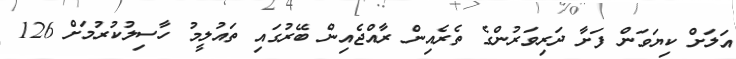
އަލަށް ކިޔަވަން ފަށާ ދަރިވަރުންގެ ތެރެއިން ރާއްޖެއިން ބޭރުގައި ތައުލީމު ހާސިލުކުރުމަށް 126